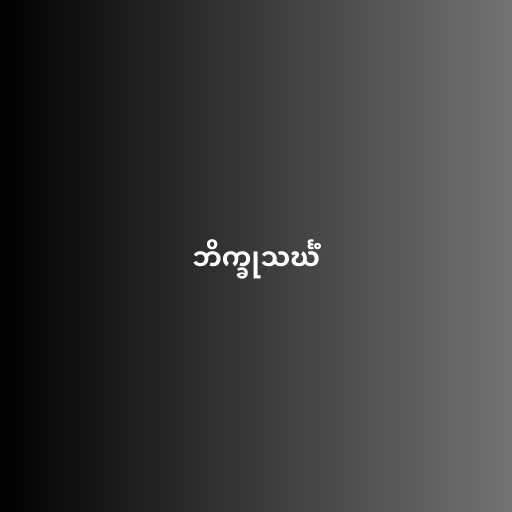
ဘိက္ခုသင်္ဃံ